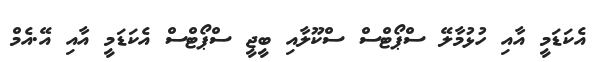
އެކަޑަމީ އާއި ހުޅުމާލޭ ސްޕޯޓްސް ސްކޫލާއި ބީޖީ ސްޕޯޓްސް އެކަޑަމީ އާއި އޭ.އެމް